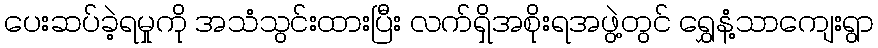
ပေးဆပ်ခဲ့ရမှုကို အသံသွင်းထားပြီး လက်ရှိအစိုးရအဖွဲ့တွင် ရွှေနံ့သာကျေးရွာ